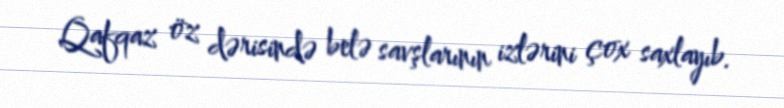
Qafqaz öz dərisində belə savşlarının izlərini çox saxlayıb.